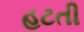
હટતી